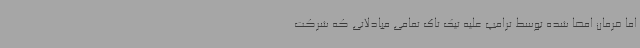
اما فرمان امضا شده توسط ترامپ علیه تیک تاک تمامی مبادلاتی که شرکت